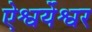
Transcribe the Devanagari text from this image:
ऐश्वर्येश्वर